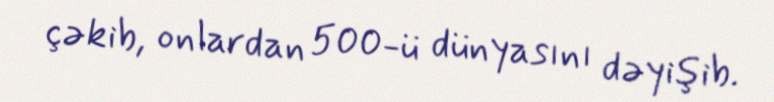
çəkib, onlardan 500-ü dünyasını dəyişib.